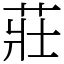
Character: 莊